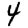
Digit: 4